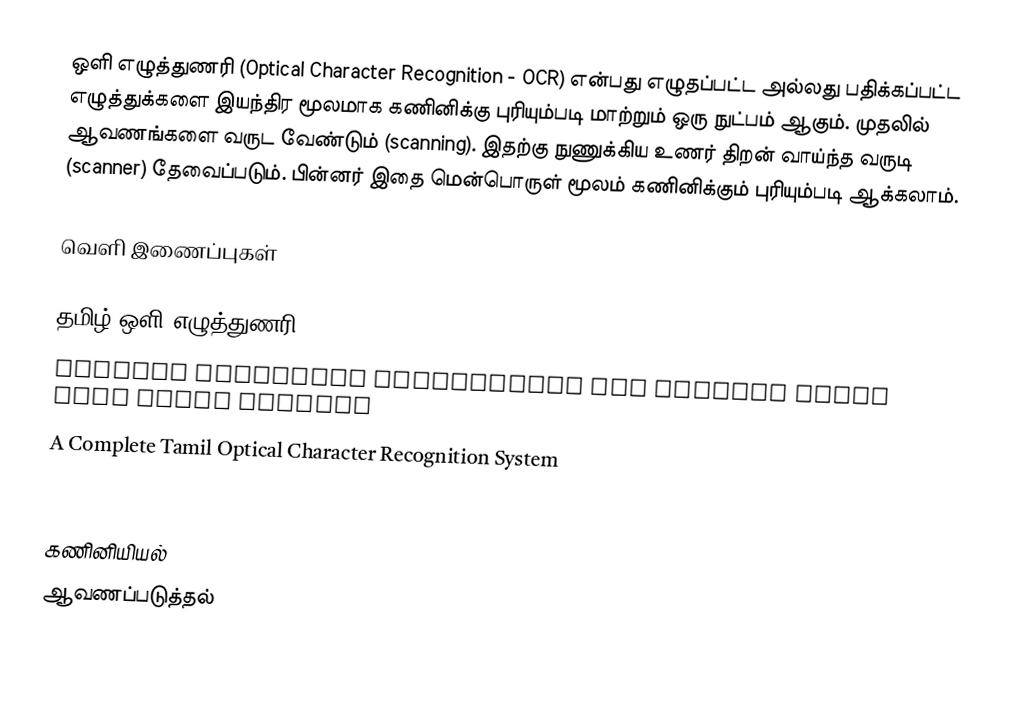
ஒளி எழுத்துணரி (Optical Character Recognition - OCR) என்பது எழுதப்பட்ட அல்லது பதிக்கப்பட்ட எழுத்துக்களை இயந்திர மூலமாக கணினிக்கு புரியும்படி மாற்றும் ஒரு நுட்பம் ஆகும்.  முதலில் ஆவணங்களை வருட வேண்டும் (scanning). இதற்கு நுணுக்கிய உணர் திறன் வாய்ந்த வருடி (scanner) தேவைப்படும். பின்னர் இதை மென்பொருள் மூலம் கணினிக்கும் புரியும்படி ஆக்கலாம்.

வெளி இணைப்புகள்

தமிழ் ஒளி எழுத்துணரி
 Optical Character Recognition for printed Tamil text using Unicode
 A Complete Tamil Optical Character Recognition System
 Optical Character Recognition Systems in Indian Language

கணினியியல்
ஆவணப்படுத்தல்